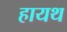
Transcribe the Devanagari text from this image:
हायथ